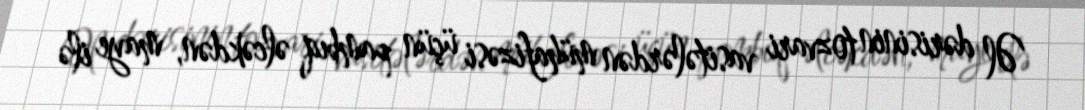
Əl dərisinin tozvari vasitələrdən mühafizəsi üçün pambıq əlcəkdən, maye ilə